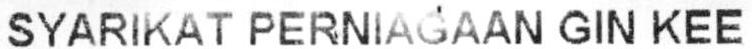
SYARIKAT PERNIAGAAN GIN KEE